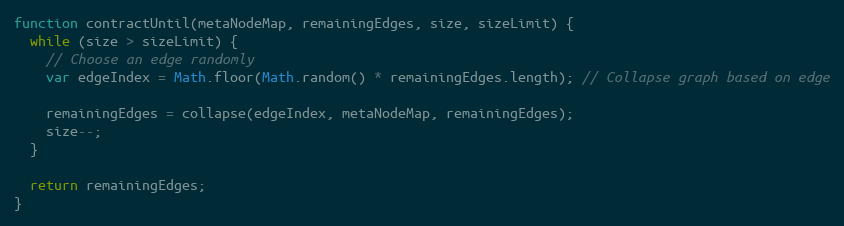
Language: JavaScript
function contractUntil(metaNodeMap, remainingEdges, size, sizeLimit) {
  while (size > sizeLimit) {
    // Choose an edge randomly
    var edgeIndex = Math.floor(Math.random() * remainingEdges.length); // Collapse graph based on edge

    remainingEdges = collapse(edgeIndex, metaNodeMap, remainingEdges);
    size--;
  }

  return remainingEdges;
}